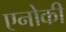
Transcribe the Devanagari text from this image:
एनोकी